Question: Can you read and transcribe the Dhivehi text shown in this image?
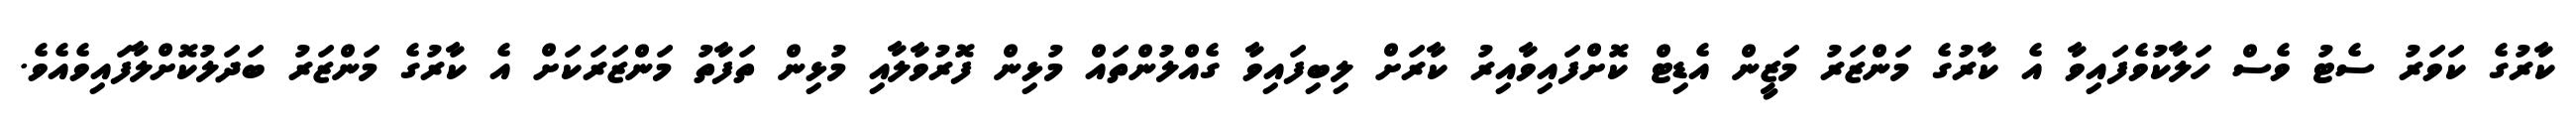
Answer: ކާރުގެ ކަވަރު ސެޓު ވެސް ހަލާކުވެފައިވާ އެ ކާރުގެ މަންޒަރު މަޒީން އެޑިޓް ކޮށްފައިވާއިރު ކާރަށް ލިބިފައިވާ ގެއްލުންތައް މުޅިން ފޮރުވާލާއި މުޅިން ތަފާތު މަންޒަރަކަށް އެ ކާރުގެ މަންޒަރު ބަދަލުކޮށްލާފައިވެއެވެ.